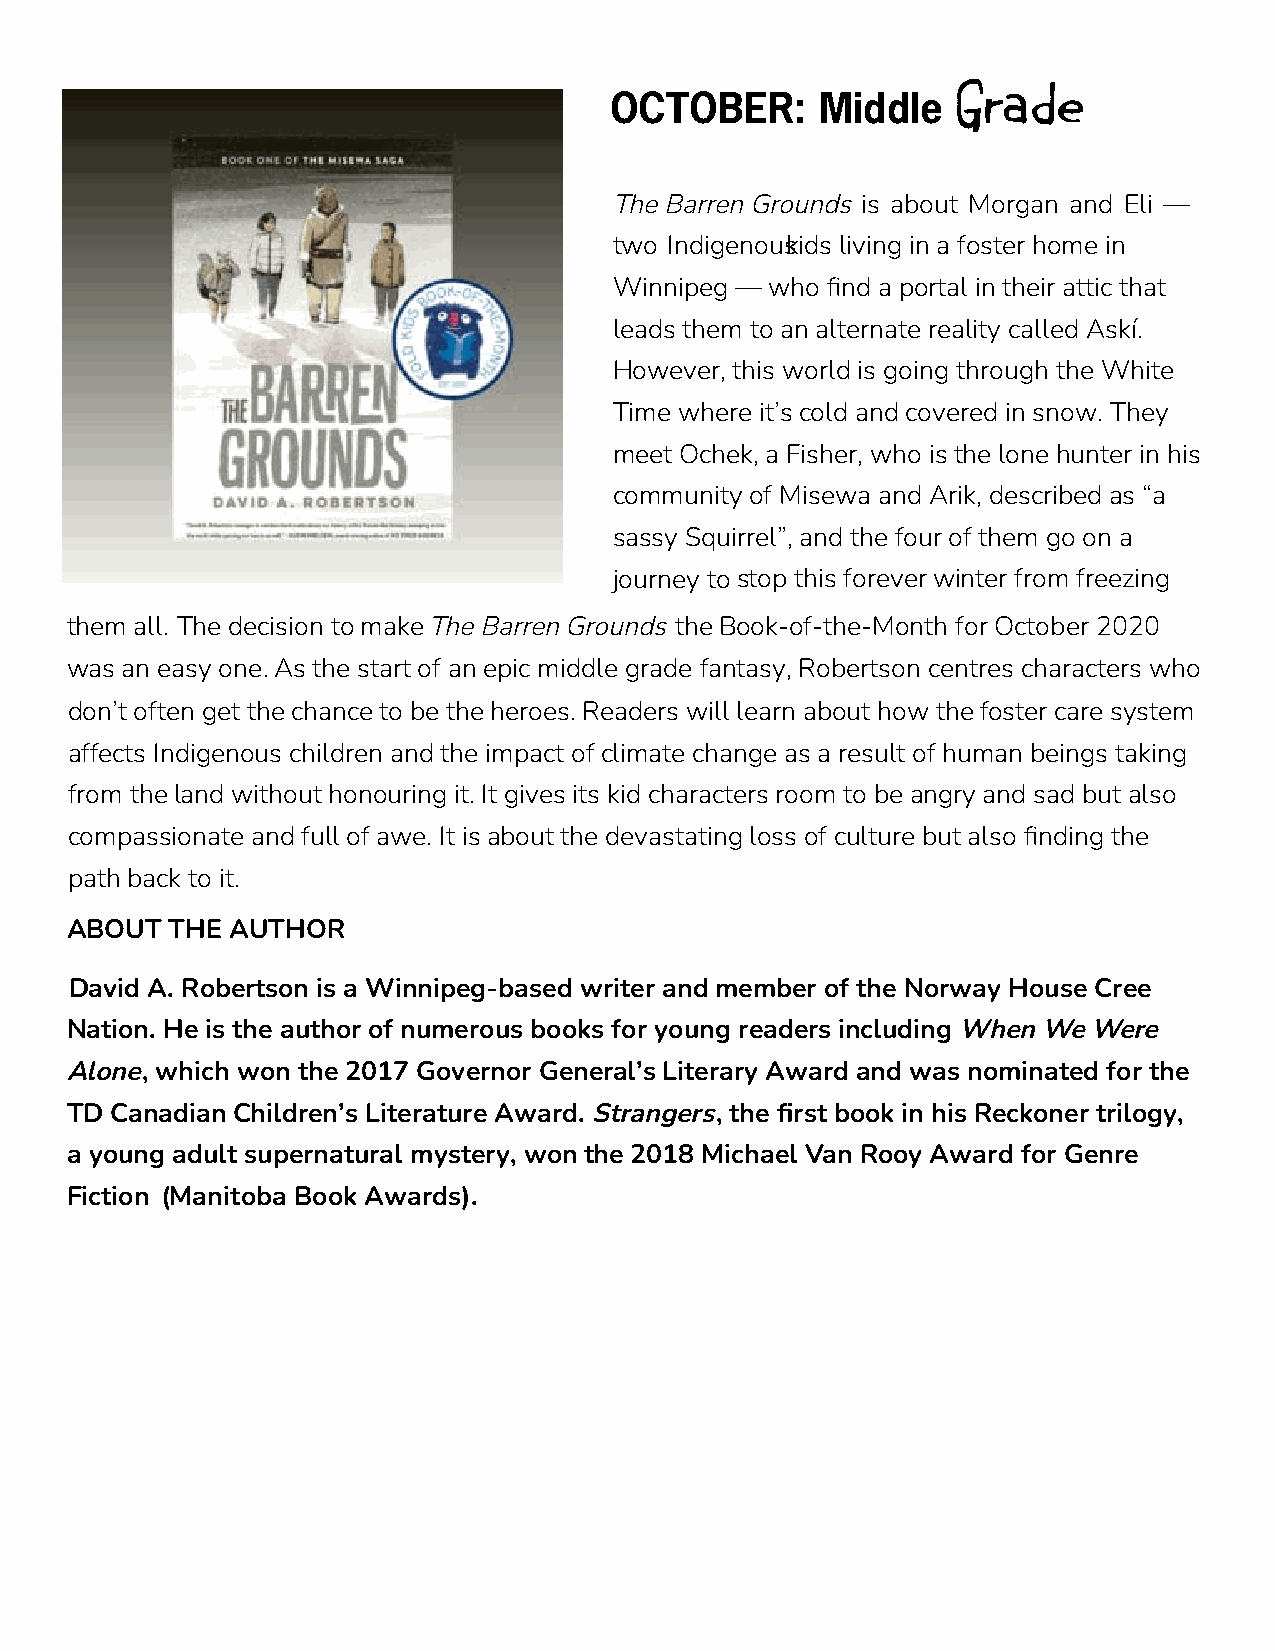
OCTOBER:      Middle
 Grade
 The Barren Grounds is about Morgan and Eli —
 two Indigenou skids living in a foster home in
 Winnipeg — who find a portal in their attic that
 leads them to an alternate reality called Askí.
 However, this world is going through the White
 Time where it’s cold and covered in snow. They
 meet Ochek, a Fisher, who is the lone hunter in his
 community of Misewa and Arik, described as “a
 sassy Squirrel”, and the four of them go on a
 journey to stop this forever winter from freezing
 them all. The decision to make The Barren Grounds the Book-of-the-Month for October 2020
 was an easy one. As the start of an epic middle grade fantasy, Robertson centres characters who
 don’t often get the chance to be the heroes. Readers will learn about how the foster care system
 affects Indigenous children and the impact of climate change as a result of human beings taking
 from the land without honouring it. It gives its kid characters room to be angry and sad but also
 compassionate and full of awe. It is about the devastating loss of culture but also finding the
 path back to it.
 ABOUT  THE AUTHOR
 David A. Robertson is a Winnipeg-based writer and member of the Norway House Cree
 Nation. He is the author of numerous books for young readers including When We Were
 Alone, which won the 2017 Governor General’s Literary Award and was nominated for the
 TD Canadian Children’s Literature Award. Strangers, the first book in his Reckoner trilogy,
 a young adult supernatural mystery, won the 2018 Michael Van Rooy Award for Genre
 Fiction (Manitoba Book Awards).